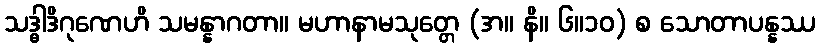
သဒ္ဓါဒိဂုဏေဟိ သမန္နာဂတာ။ မဟာနာမသုတ္တေ (အ။ နိ။ ၆။၁၀) စ သောတာပန္နဿ